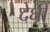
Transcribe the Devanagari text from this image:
देघी